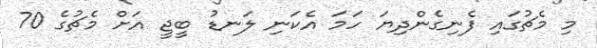
މި މެޗުގައި ފެނިގެންދިޔަ ހަމަ އެކަނި ލަނޑު ބީޖީ އަށް މެޗުގެ 70